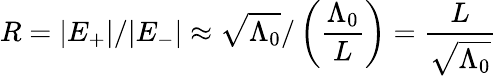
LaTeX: R=|E_{+}|/|E_{-}|\approx\sqrt{\Lambda_{0}}/\left(\frac{\Lambda_{0}}{L}\right)=\frac{L}{\sqrt{\Lambda_{0}}}